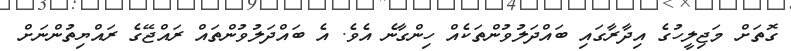
ގޮތަށް މަޖިލީހުގެ އިދާރާގައި ބައްދަލުވުންތަކެއް ހިންގާނެ އެވެ. އެ ބައްދަލުވުންތައް ރައްޖޭގެ ރައްޔިތުންނަށް